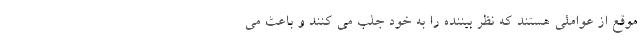
موقع از عواملی هستند که نظر بیننده را به خود جلب می کنند و باعث می